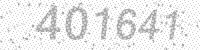
Solution: 401641